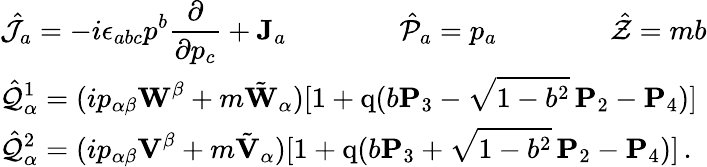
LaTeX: \begin{array}{l}{{\displaystyle\hat{\cal J}_{a}=-i\epsilon_{abc}p^{b}\frac\partial{\partial p_{c}}+{\mathbf J}_{a}\qquad\qquad\hat{\cal P}_{a}=p_{a}\qquad\qquad\hat{\cal Z}=mb}}\\ {{\displaystyle\hat{\cal Q}_{\alpha}^{1}=(ip_{\alpha\beta}{\mathbf W}^{\beta}+m\tilde{\mathbf W}_{\alpha})[1+\mathrm{q}(b{\mathbf P}_{3}-\sqrt{1-b^{2}}\, {\mathbf P}_{2}-{\mathbf P}_{4})]}}\\ {{\displaystyle\hat{\cal Q}_{\alpha}^{2}=(ip_{\alpha\beta}{\mathbf V}^{\beta}+m\tilde{\mathbf V}_{\alpha})[1+\mathrm{q}(b{\mathbf P}_{3}+\sqrt{1-b^{2}}\, {\mathbf P}_{2}-{\mathbf P}_{4})]\, .}}\end{array}